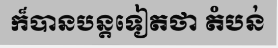
ក៏បានបន្តទៀតថា តំបន់